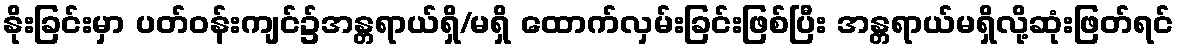
နိုးခြင်းမှာ ပတ်၀န်းကျင်၌အန္တရာယ်ရှိ/မရှိ ထောက်လှမ်းခြင်းဖြစ်ပြီး အန္တရာယ်မရှိလို့ဆုံးဖြတ်ရင်